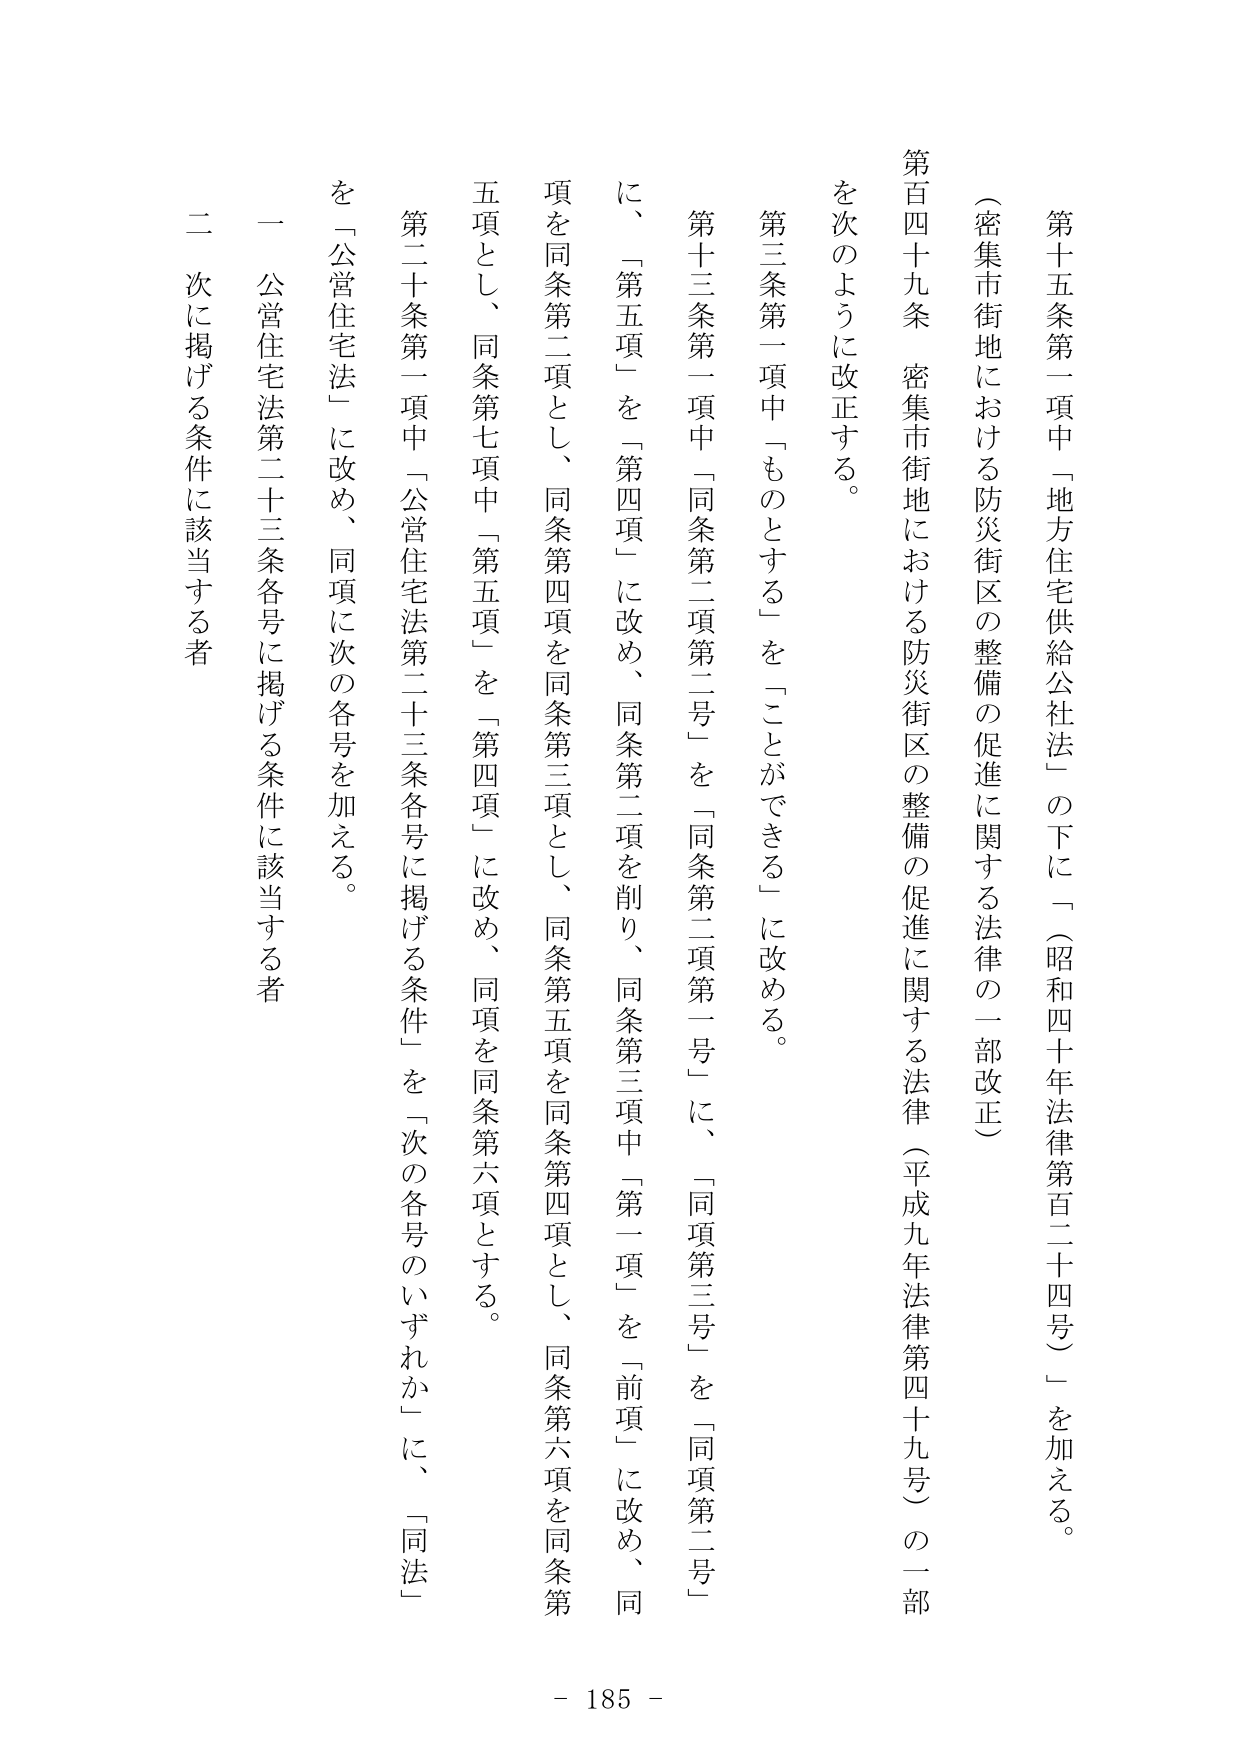
第十五条第一項中「地方住宅供給公社法」の下に「（昭和四十年法律第百二十四号）」を加える。

（密集市街地における防災街区の整備の促進に関する法律の一部改正）

第百四十九条 密集市街地における防災街区の整備の促進に関する法律（平成九年法律第四十九号）の一部を次のように改正する。

第三条第一項中「ものとする」を「ことができる」に改める。

第十三条第一項中「同条第二項第二号」を「同条第二項第一号」に、「同項第三号」を「同項第二号」に、「第五項」を「第四項」に改め、同条第二項を削り、同条第三項中「第一項」を「前項」に改め、同項を同条第二項とし、同条第四項を同条第三項とし、同条第五項を同条第四項とし、同条第六項を同条第五項とし、同条第七項中「第五項」を「第四項」に改め、同項を同条第六項とする。

第二十条第一項中「公営住宅法第二十三条各号に掲げる条件」を「次の各号のいずれか」に、「同法」を「公営住宅法」に改め、同項に次の各号を加える。

一 公営住宅法第二十三条各号に掲げる条件に該当する者

二 次に掲げる条件に該当する者

- 185 -